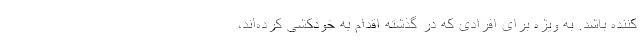
کننده باشد. به ویژه برای افرادی که در گذشته اقدام به خودکشی کرده‌اند،